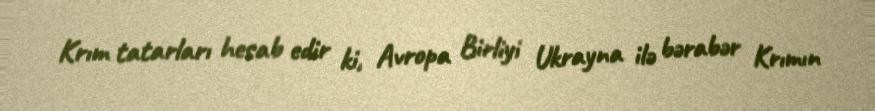
Krım tatarları hesab edir ki, Avropa Birliyi Ukrayna ilə bərabər Krımın